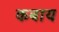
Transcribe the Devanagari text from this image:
कबाय